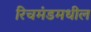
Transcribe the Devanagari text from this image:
रिचमंडमधील